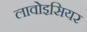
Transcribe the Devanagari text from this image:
लावोइसियर